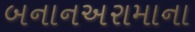
બનાનઅરામાના